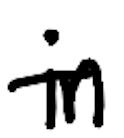
Text: in
Cross-out: single-line
Writing tool: digital_black